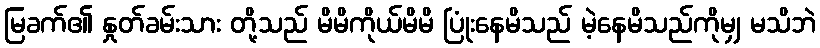
မြခက်၏ နှုတ်ခမ်းသား တို့သည် မိမိကိုယ်မိမိ ပြုံးနေမိသည် မဲ့နေမိသည်ကိုမျှ မသိဘဲ